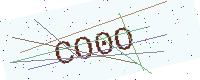
Text: CO0O